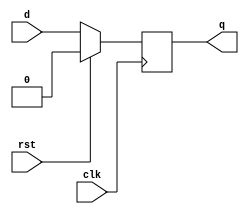
`timescale 1ns / 1ps
//////////////////////////////////////////////////////////////////////////////////
// Company: 
// Engineer: 
// 
// Design Name: 
// Module Name: D_ff
// Project Name: 
// Target Devices: 
// Tool Versions: 
// Description: 
// 
// Dependencies: 
// 
// Revision:
// Revision 0.01 - File Created
// Additional Comments:
// 
//////////////////////////////////////////////////////////////////////////////////


module D_ff(input d, clk, rst, output reg q);
 always @ (posedge clk) begin
 if (rst) q <= 0;
 else q <= d;
 end
endmodule


/*module d_ff(input din, clk, rst, output reg dout);
 always @ (posedge clk) begin
 if (rst) dout <= 0;
 else dout <= din;
 end
endmodule*/